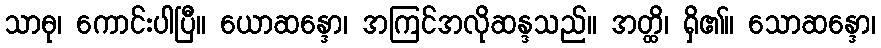
သာဓု၊ ကောင်းပါပြီ။ ယောဆန္ဒော၊ အကြင်အလိုဆန္ဒသည်။ အတ္ထိ၊ ရှိ၏။ သောဆန္ဒော၊